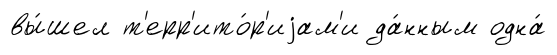
вы́шел т'ерр'ито́р'иjам'и да́нным одна́